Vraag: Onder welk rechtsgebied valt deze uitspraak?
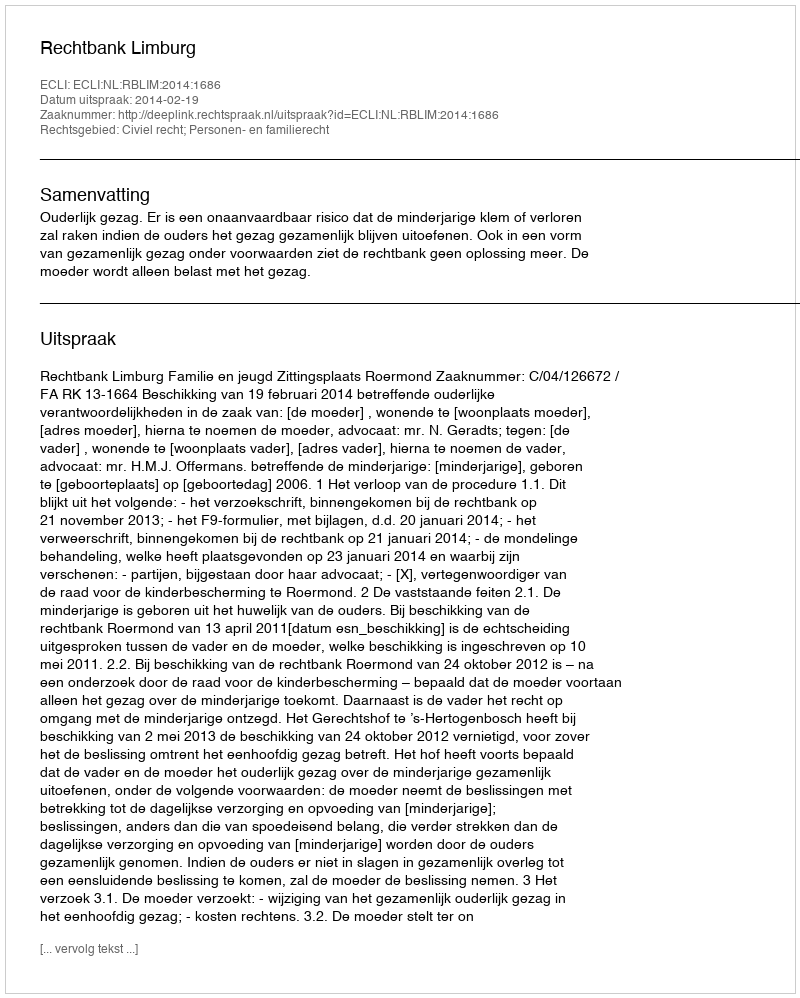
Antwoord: Civiel recht; Personen- en familierecht